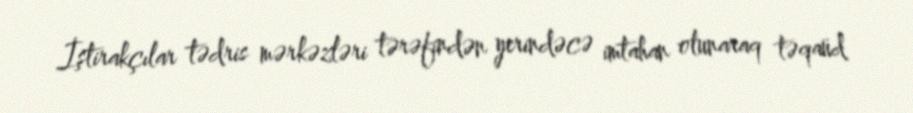
İştirakçılar tədris mərkəzləri tərəfindən yerindəcə imtahan olunaraq təqaüd